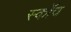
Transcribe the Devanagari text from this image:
स्काॅच